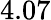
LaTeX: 4.07